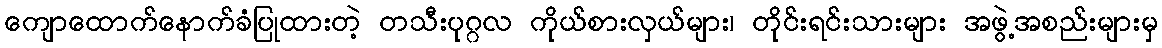
ကျောထောက်နောက်ခံပြုထားတဲ့ တသီးပုဂ္ဂလ ကိုယ်စားလှယ်များ၊ တိုင်းရင်းသားများ အဖွဲ့အစည်းများမှ